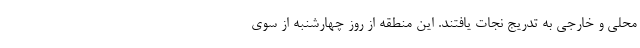
محلی و خارجی به تدریج نجات یافتند. این منطقه از روز چهارشنبه از سوی